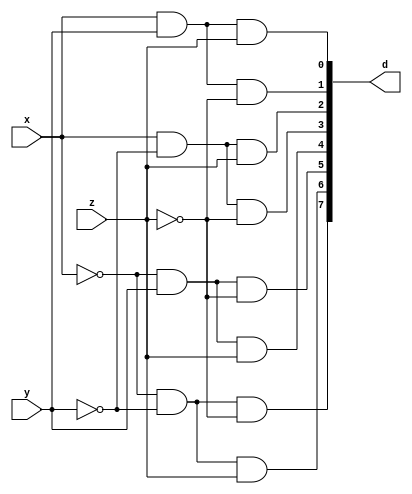
module decoder(d,x,y,z);
	input x,y,z;
	output [0:7] d;
	wire x0,y0,z0;
	
	not n1(x0,x);
	not n2(y0,y);
	not n3(z0,z);
	
	and a1(d[0],x0,y0,z0);
	and a2(d[1],x0,y0,z);
	and a3(d[2],x0,y,z0);
	and a4(d[3],x0,y,z);
	and a5(d[4],x,y0,z0);
	and a6(d[5],x,y0,z);
	and a7(d[6],x,y,z0);
	and a8(d[7],x,y,z);
endmodule
module fadder(s,c,x);
	input [0:2] x;
	output s,c;
	wire [0:7] d;
	
	decoder d1(d,x[0],x[1],x[2]);
	
	assign s = d[1] | d[2] | d[4] | d[7];
	assign c = d[3] | d[5] | d[6] | d[7];
	
endmodule

module fadder8(s,co,x,y,cin);
	input [7:0] x,y;
	input cin;
	output co;
	output [7:0] s;
	wire [6:0] c;
	//wire t;
	//assign t = 1'b0;
	
	fadder f0(s[0],c[0],{x[0],y[0],cin});
	fadder f1(s[1],c[1],{x[1],y[1],c[0]});
	fadder f2(s[2],c[2],{x[2],y[2],c[1]});
	fadder f3(s[3],c[3],{x[3],y[3],c[2]});
	fadder f4(s[4],c[4],{x[4],y[4],c[3]});
	fadder f5(s[5],c[5],{x[5],y[5],c[4]});
	fadder f6(s[6],c[6],{x[6],y[6],c[5]});
	fadder f7(s[7],co,{x[7],y[7],c[6]});
	
endmodule

module fadder32(s,co,a,b,ci);
	input [31:0] a,b;
	input ci;
	wire c[3:0];
	output [31:0] s;
	output co;
	
	fadder8 f0(s[7:0],c[0],a[7:0],b[7:0],ci);
	fadder8 f1(s[15:8],c[1],a[15:8],b[15:8],c[0]);
	fadder8 f2(s[23:16],c[2],a[23:16],b[23:16],c[1]);
	fadder8 f3(s[31:24],co,a[31:24],b[31:24],c[2]);
endmodule